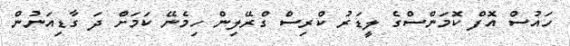
ހައުސް އޮފް ކޮމަންސްގެ ލީޑަރު ކްރިސް ގްރޭލިން ހިމެނޭ ކަމަށް ދަ ގާޑިއަނުން